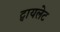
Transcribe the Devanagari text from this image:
ट्वायलेट